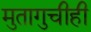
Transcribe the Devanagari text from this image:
मुतागुचीही